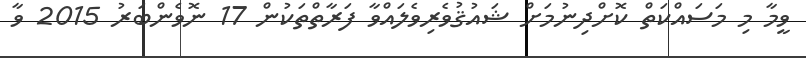
ވީމާ މި މަސައްކަތް ކޮށްދިނުމަށް ޝައުޤުވެރިވެލައްވާ ފަރާތްތަކުން 17 ނޮވެންބަރު 2015 ވާ